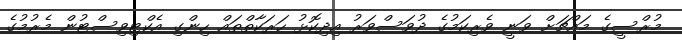
މުރްސީގެ މައްޗަށް ވަނީ ވެރިކަމުގެ ދުވަސްވަރު އިދިކޮޅު ހަރަކާތްތައް ހިންގި އެކްޓިވިސްޓުން މެރުމުގެ